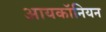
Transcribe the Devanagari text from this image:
आयकॉनियन